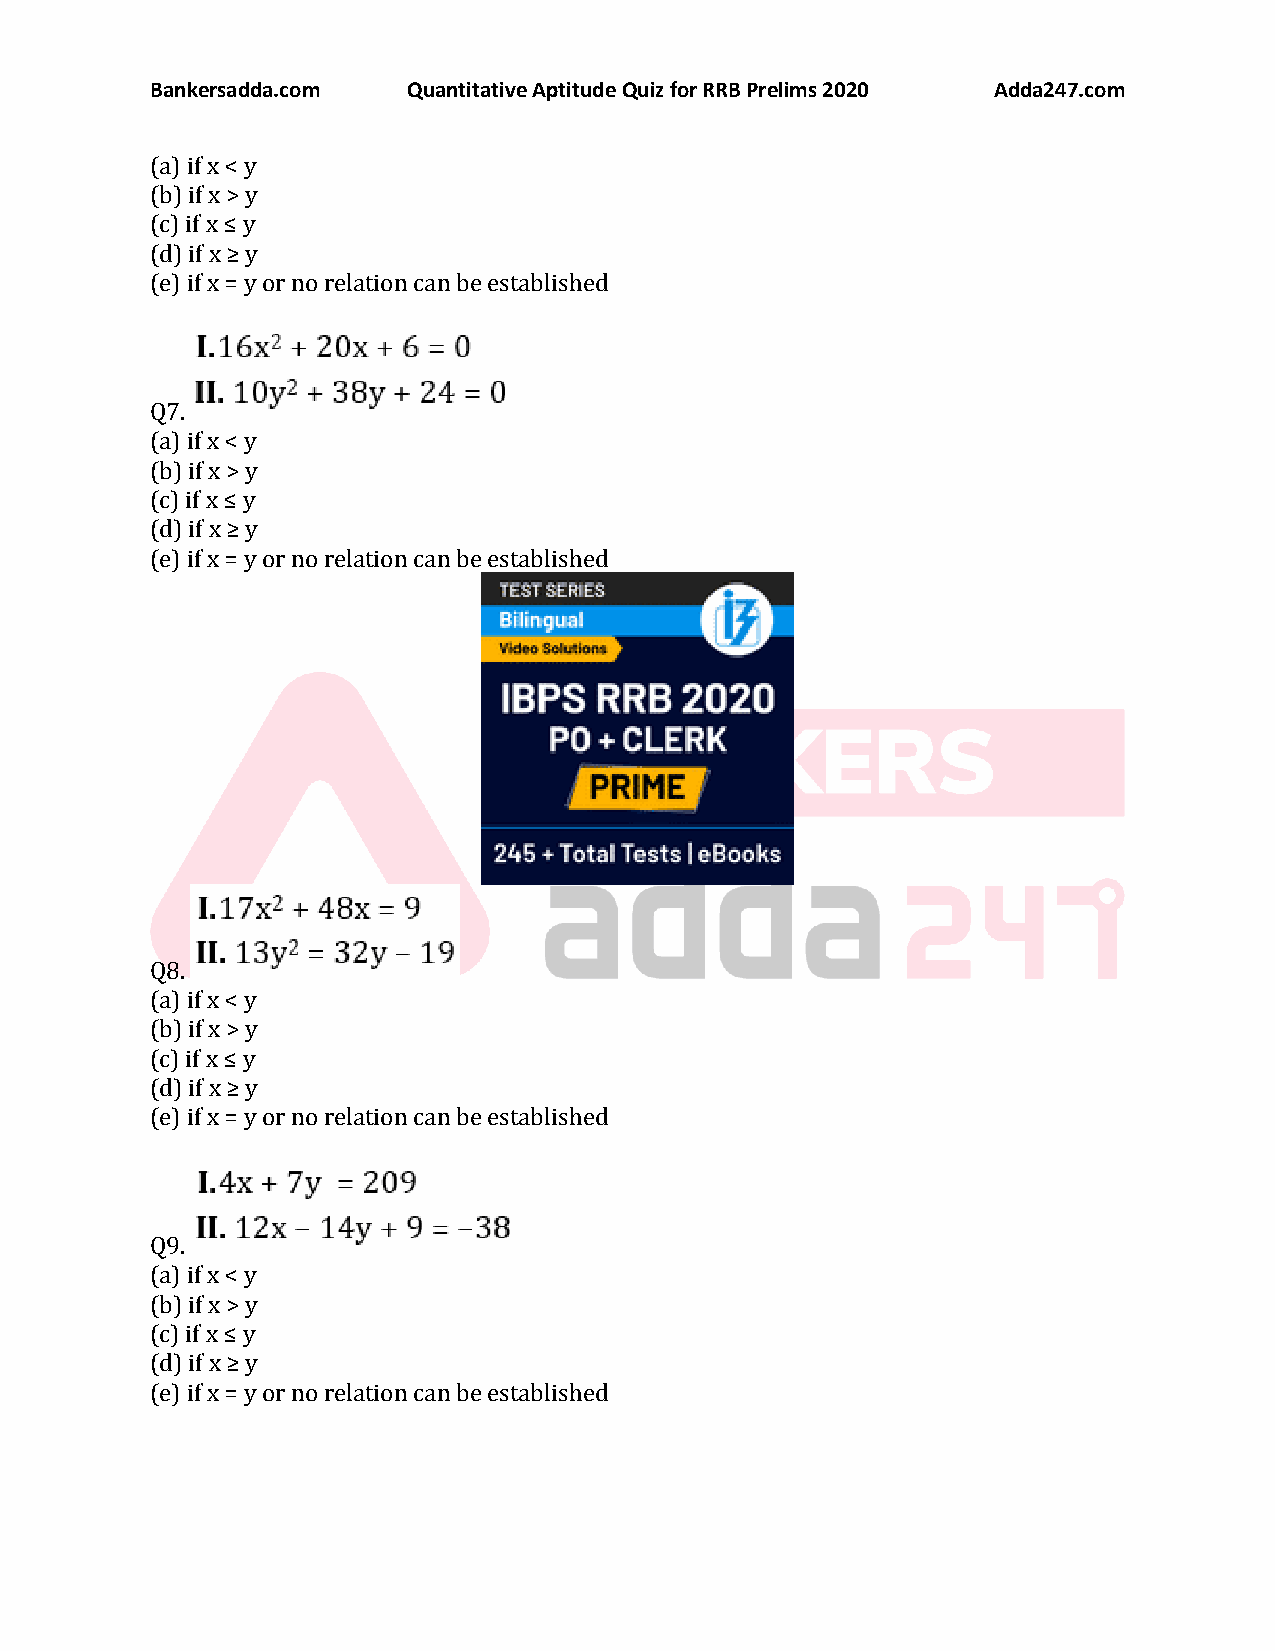
Bankersadda.com  Quantitative Aptitude Quiz for RRB Prelims 2020 Adda247.com
 (a) if x < y
 (b) if x > y
 (c) if x ≤ y
 (d) if x ≥ y
 (e) if x = y or no relation can be established
 Q7.
 (a) if x < y
 (b) if x > y
 (c) if x ≤ y
 (d) if x ≥ y
 (e) if x = y or no relation can be established
 Q8.
 (a) if x < y
 (b) if x > y
 (c) if x ≤ y
 (d) if x ≥ y
 (e) if x = y or no relation can be established
 Q9.
 (a) if x < y
 (b) if x > y
 (c) if x ≤ y
 (d) if x ≥ y
 (e) if x = y or no relation can be established